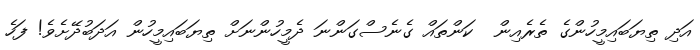
އަދި ތިޔަބައިމީހުންގެ ތެރެއިން  ކަންތައް ގެނެސްގަންނަ ދެމީހުންނަށް ތިޔަބައިމީހުން އަދަބުދޭށެވެ! ފަހެ